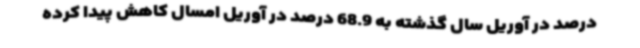
درصد در آوریل سال گذشته به 68.9 درصد در آوریل امسال کاهش پیدا کرده